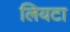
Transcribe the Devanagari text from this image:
लियटा